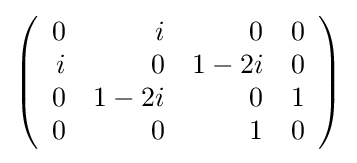
{\textstyle \left({\begin{array}{rrrr}0&i&0&0\\i&0&1-2i&0\\0&1-2i&0&1\\0&0&1&0\\\end{array}}\right)}